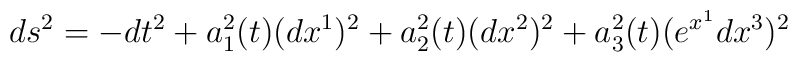
ds^2=-dt^2+a_1^2(t)(dx^1)^2+a_2^2(t)(dx^2)^2+a_3^2(t)(e^{x^1}dx^3)^2